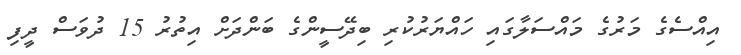
އިއްސެގެ މަރުގެ މައްސަލާގައި ހައްޔަރުކުރި ބިދޭސީންގެ ބަންދަށް އިތުރު 15 ދުވަސް ދީފި